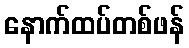
နောက်ထပ်တစ်ဖန်